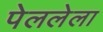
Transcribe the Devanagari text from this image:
पेललेला